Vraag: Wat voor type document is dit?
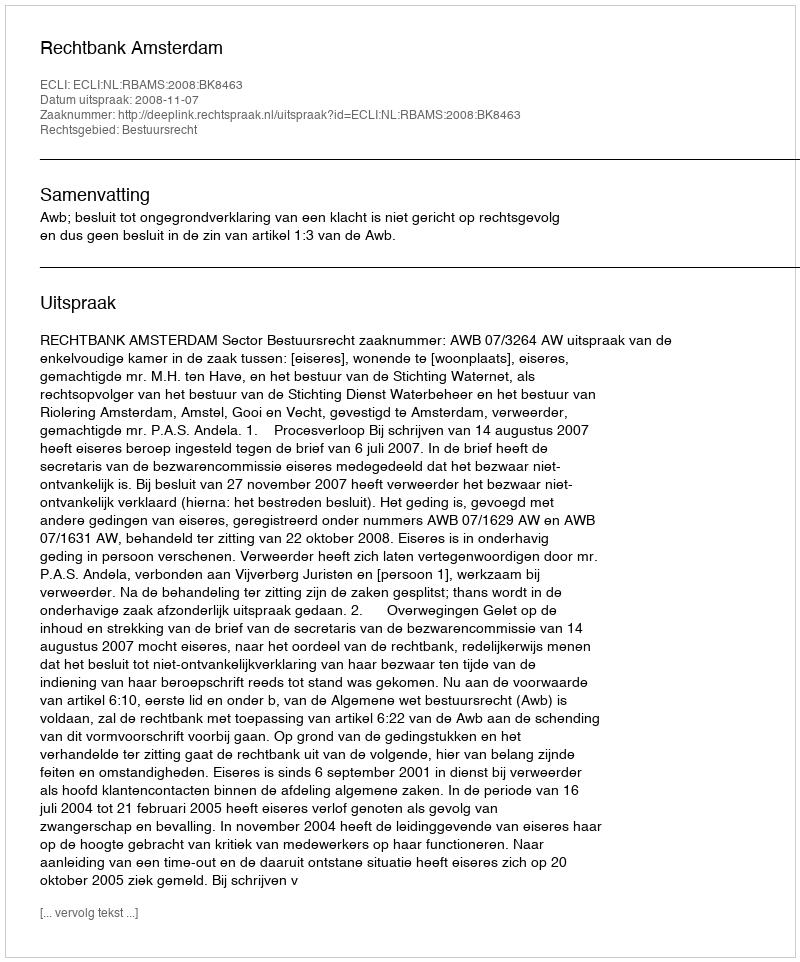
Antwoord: Uitspraak